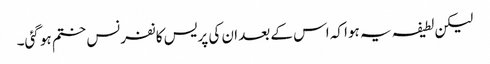
لیکن لطیفہ یہ ہوا کہ اس کے بعد ان کی پریس کانفرنس ختم ہو گئی۔